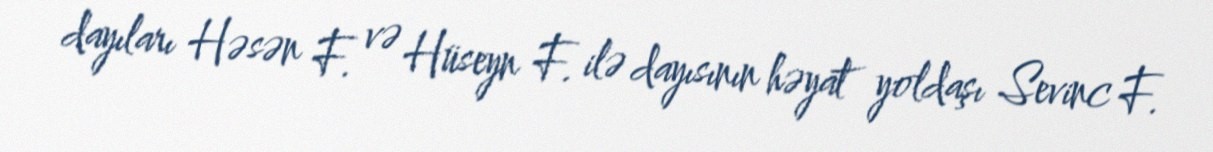
dayıları Həsən F. və Hüseyn F. ilə dayısının həyat yoldaşı Sevinc F.